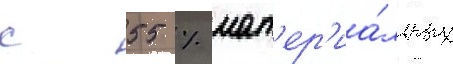
с 55 % мат'ер'иа́льных